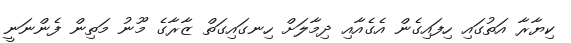
ކިޔާރާ އަތުގައި ހިފައިގެން އެގެއާއި ދިމާލަށް ހިނގައިގަތް ޒާރާގެ މޫނު މަތިން ފެންނަނީ